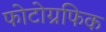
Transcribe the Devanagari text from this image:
फोटोग्रफिक